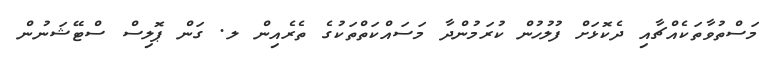
މަސްތުވާތަކެއްޗާއި ދެކޮޅަށް ފުލުހުން ކުރަމުންދާ މަސައްކަތްތަކުގެ ތެރެއިން ލ. ގަން ޕޮލިސް ސްޓޭޝަނުން